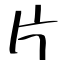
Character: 片